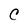
Character: C